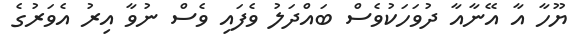
ޔޫހާ އާ އޭނާއާ ދުވަހަކުވެސް ބައްދަލު ވެފައި ވެސް ނުވާ އިރު އެވަރުގެ